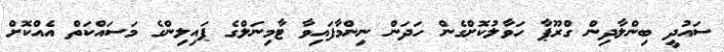
ސައުދީ ބިންލާދިން ގްރޫޕާ ހަވާލުކޮށްގެން ހަދަން ނިންމާފައިވާ ޓާމިނަލްގެ ޕައިލިންގެ މަސައްކަތް އެއްކޮށް